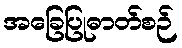
အခြေပြုဓာတ်စဉ်